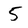
Character: 5